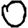
Digit: 0